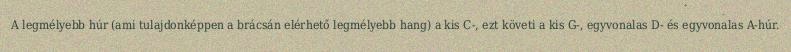
A legmélyebb húr (ami tulajdonképpen a brácsán elérhető legmélyebb hang) a kis C-, ezt követi a kis G-, egyvonalas D- és egyvonalas A-húr.